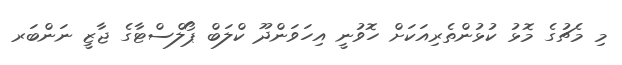
މި މެޗުގެ މޮޅު ކުޅުންތެރިއަކަށް ހޮވުނީ އިހަވަންދޫ ކްލަބް ޕޯލްސްޓާގެ ޖާޒީ ނަންބަރ